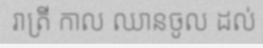
រាត្រី កាល ឈានចូល ដល់